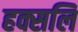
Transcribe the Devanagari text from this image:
हक्सलि